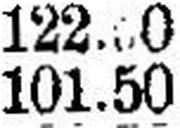
101.50